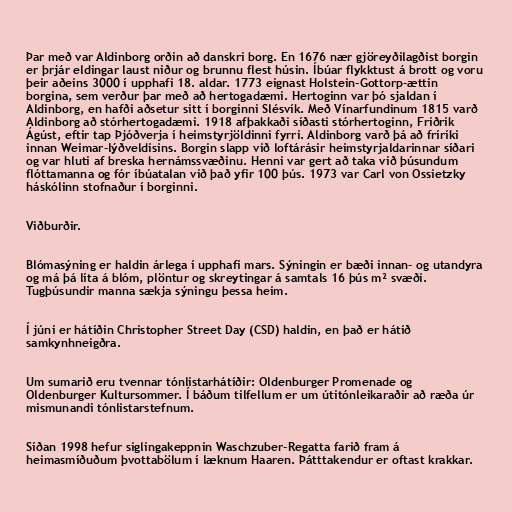
Þar með var Aldinborg orðin að danskri borg. En 1676 nær gjöreyðilagðist borgin
er þrjár eldingar laust niður og brunnu flest húsin. Íbúar flykktust á brott og voru
þeir aðeins 3000 í upphafi 18. aldar. 1773 eignast Holstein-Gottorp-ættin
borgina, sem verður þar með að hertogadæmi. Hertoginn var þó sjaldan í
Aldinborg, en hafði aðsetur sitt í borginni Slésvík. Með Vínarfundinum 1815 varð
Aldinborg að stórhertogadæmi. 1918 afþakkaði síðasti stórhertoginn, Friðrik
Ágúst, eftir tap Þjóðverja í heimstyrjöldinni fyrri. Aldinborg varð þá að fríríki
innan Weimar-lýðveldisins. Borgin slapp við loftárásir heimstyrjaldarinnar síðari
og var hluti af breska hernámssvæðinu. Henni var gert að taka við þúsundum
flóttamanna og fór íbúatalan við það yfir 100 þús. 1973 var Carl von Ossietzky
háskólinn stofnaður í borginni.

Viðburðir.

Blómasýning er haldin árlega í upphafi mars. Sýningin er bæði innan- og utandyra
og má þá líta á blóm, plöntur og skreytingar á samtals 16 þús m² svæði.
Tugþúsundir manna sækja sýningu þessa heim.

Í júní er hátíðin Christopher Street Day (CSD) haldin, en það er hátíð
samkynhneigðra.

Um sumarið eru tvennar tónlistarhátíðir: Oldenburger Promenade og
Oldenburger Kultursommer. Í báðum tilfellum er um útitónleikaraðir að ræða úr
mismunandi tónlistarstefnum.

Síðan 1998 hefur siglingakeppnin Waschzuber-Regatta farið fram á
heimasmíðuðum þvottabölum í læknum Haaren. Þátttakendur er oftast krakkar.